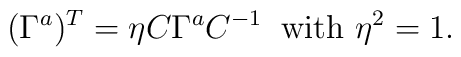
(\Gamma^a)^T = \eta C \Gamma^a C^{-1}\;\; \mbox{with} \ \eta^2=1.